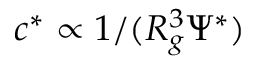
c ^ { * } \propto 1 / ( R _ { g } ^ { 3 } \Psi ^ { * } )